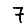
Digit: 7